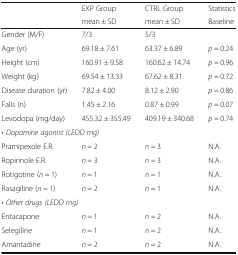
<table><thead><tr><td rowspan="2">[EMPTY_CELL]</td><td><b>EXP Group</b></td><td><b>CTRL Group</b></td><td><b>Statistics</b></td></tr><tr><td><b>mean ± SD</b></td><td><b>mean ± SD</b></td><td><b>Baseline</b></td></tr></thead><tbody><tr><td>Gender (M/F)</td><td>7/3</td><td>5/3</td><td>[EMPTY_CELL]</td></tr><tr><td>Age (yr)</td><td>69.18 ± 7.61</td><td>63.37 ± 6.89</td><td><i>p</i> = 0.24</td></tr><tr><td>Height (cm)</td><td>160.91 ± 9.58</td><td>160.62 ± 14.74</td><td><i>p</i> = 0.96</td></tr><tr><td>Weight (kg)</td><td>69.54 ± 13.33</td><td>67.62 ± 8.31</td><td><i>p</i> = 0.72</td></tr><tr><td>Disease duration (yr)</td><td>7.82 ± 4.00</td><td>8.12 ± 2.90</td><td><i>p</i> = 0.86</td></tr><tr><td>Falls (n)</td><td>1.45 ± 2.16</td><td>0.87 ± 0.99</td><td><i>p</i> = 0.07</td></tr><tr><td>Levodopa (mg/day)</td><td>455.32 ± 355.49</td><td>409.19 ± 340.68</td><td><i>p</i> = 0.74</td></tr><tr><td colspan="4">• <i>Dopamine agonist (LEDD mg)</i></td></tr><tr><td>Pramipexole E.R.</td><td><i>n</i> = 2</td><td><i>n</i> = 3</td><td>N.A.</td></tr><tr><td>Ropirinole E.R.</td><td><i>n</i> = 3</td><td><i>n</i> = 3</td><td>N.A.</td></tr><tr><td>Rotigotine (<i>n</i> = 1)</td><td><i>n</i> = 1</td><td><i>n</i> = 1</td><td>N.A.</td></tr><tr><td>Rasagiline (<i>n</i> = 1)</td><td><i>n</i> = 2</td><td><i>n</i> = 1</td><td>N.A.</td></tr><tr><td colspan="4">• <i>Other drugs (LEDD mg)</i></td></tr><tr><td>Entacapone</td><td><i>n</i> = 1</td><td><i>n</i> = 2</td><td>N.A.</td></tr><tr><td>Selegiline</td><td><i>n</i> = 1</td><td><i>n</i> = 2</td><td>N.A.</td></tr><tr><td>Amantadine</td><td><i>n</i> = 2</td><td><i>n</i> = 2</td><td>N.A.</td></tr></tbody></table>